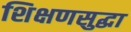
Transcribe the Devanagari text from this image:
शिक्षणसुद्धा